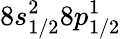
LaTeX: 8s_{1/2}^{2}8p_{1/2}^{1}